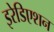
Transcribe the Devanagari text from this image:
इरेडिएशन